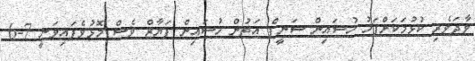
ވާދަވެރި ކުޅުމަކަށްފަހު ހުސައިން ސަނީފް އަތުން ހުސައިން ފަޔާޒް ވެސް މޮޅުވެފައިވަނީ 7-6